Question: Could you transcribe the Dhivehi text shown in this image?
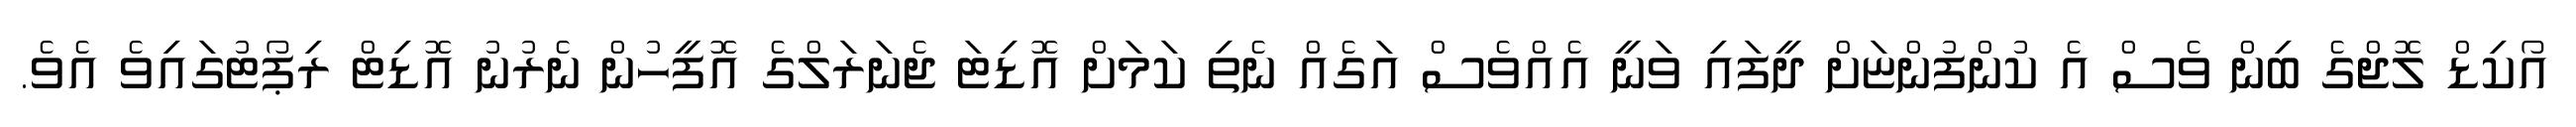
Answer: އޯކިޑް ލޮޖްގެ ބިން ވެސް އެ ކުންފުންޏަށް ދީފައި ވަނީ އެއްވެސް އަގެއް ނެތި ކަމަށް އޮޑިޓަ ޖެނަރަލްގެ އޮފީހުން ނެރުނު އޮޑިޓް ރިޕޯޓުގައިވެ އެވެ.